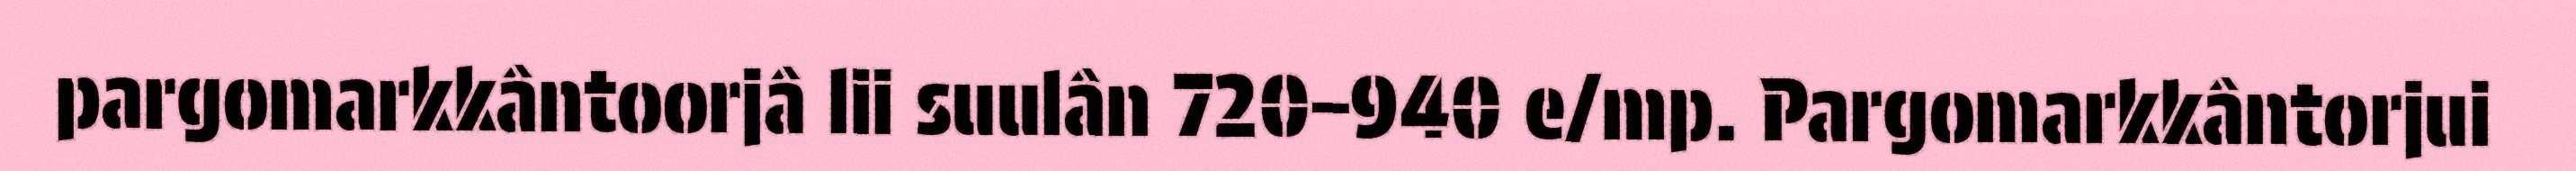
pargomarkkântoorjâ lii suulân 720–940 e/mp. Pargomarkkântorjui